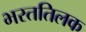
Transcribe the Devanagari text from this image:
भरततिलक